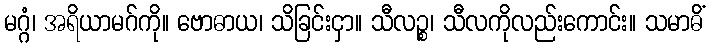
မဂ္ဂံ၊ အရိယာမဂ်ကို။ ဗောဓာယ၊ သိခြင်းငှာ။ သီလဉ္စ၊ သီလကိုလည်းကောင်း။ သမာဓိံ